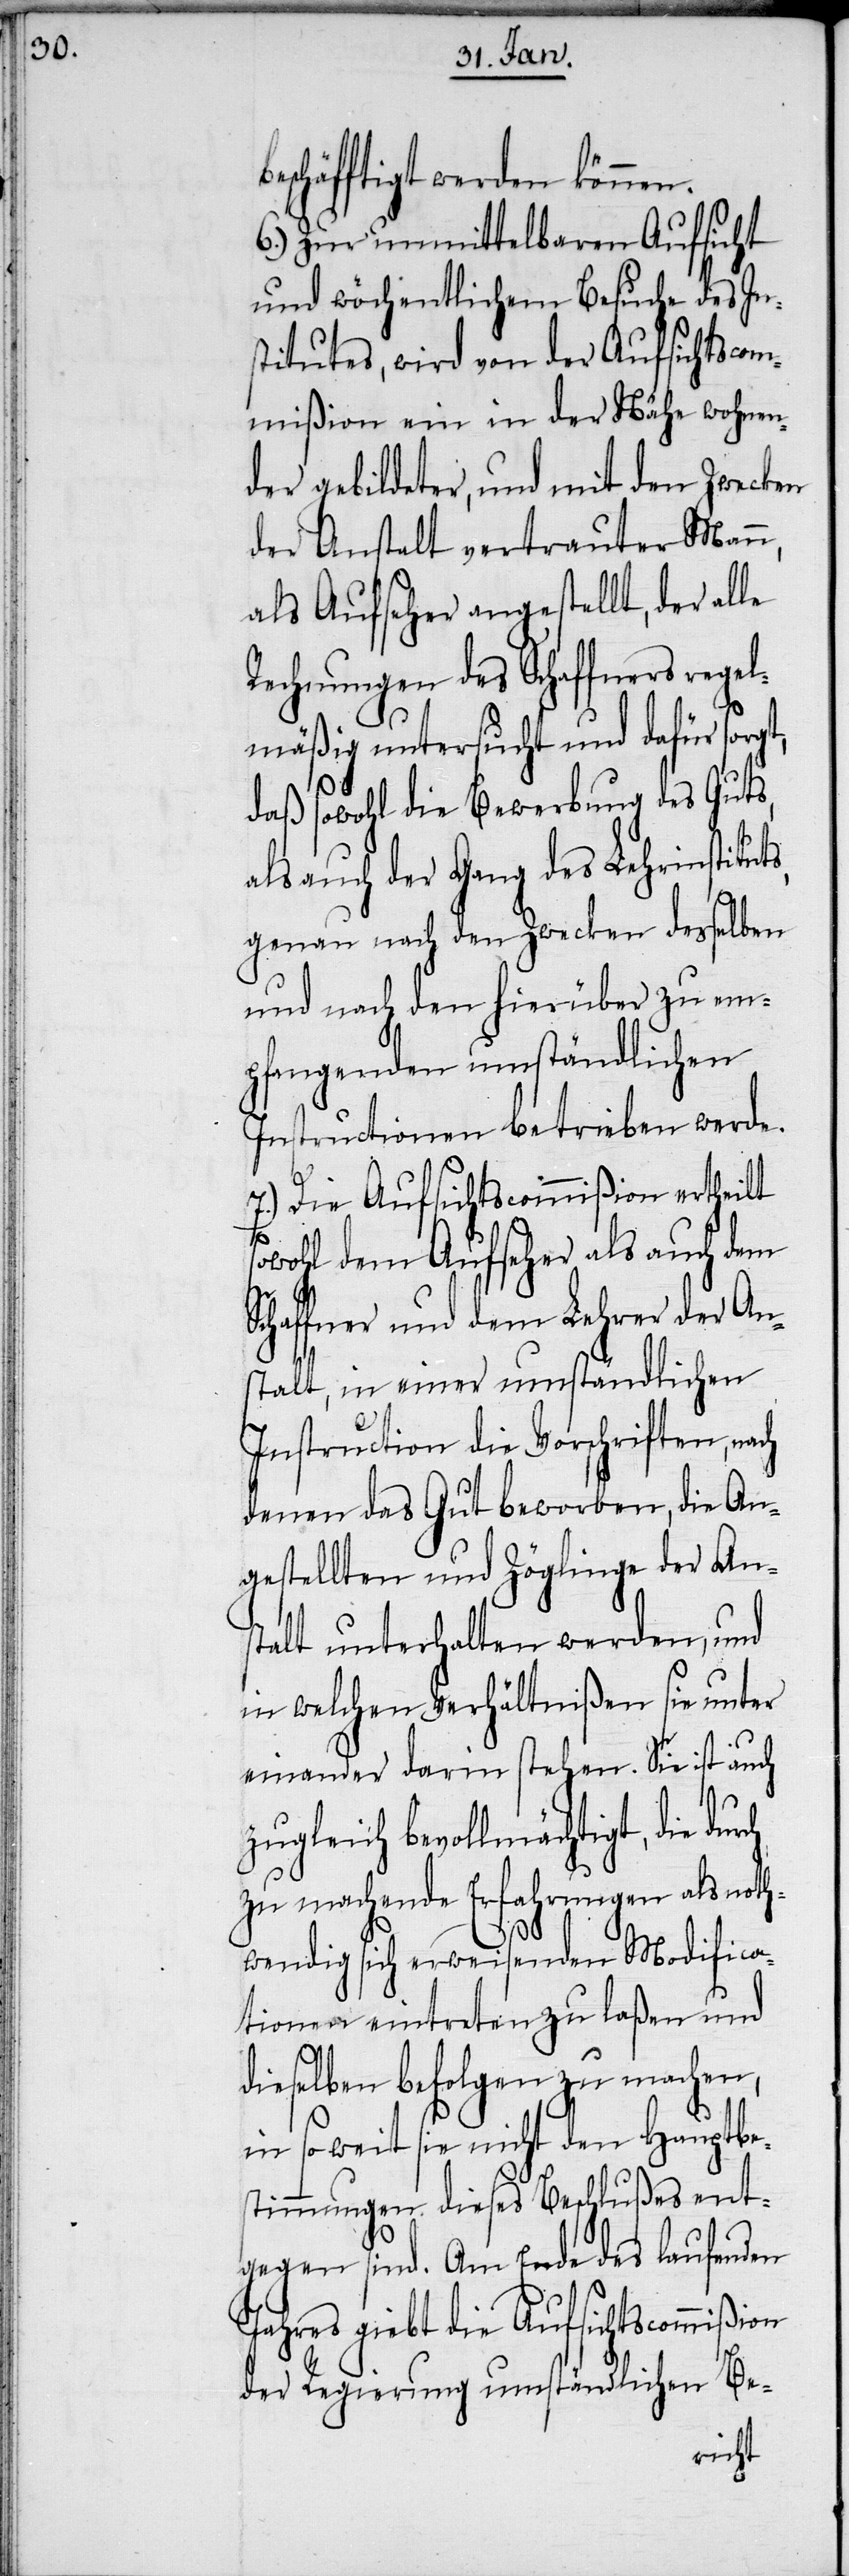
eschäftigt werden können.
6.) Zur unmittelbaren Aufsicht
und wöchentlichem Besuche des In¬
stitutes, wird von der Aufsichtscom¬
mißion ein in der Nähe wohnen¬
der gebildeter, und mit den Zwecken
der Anstalt vertrauter Mann,
als Aufseher angestellt, der alle
Rechnungen des Schaffners rege¬
lmäßig untersucht und dafür sorgt,
daß sowohl die Bewerbung des Guts,
als auch der Gang des Lehrinstituts,
genau nach den Zwecken desselben
und nach den hierüber zu em¬
pfangenden umständlichen
Instructionen betrieben werde.
7.) Die Aufsichtscommißion ertheilt
owohl dem Aufseher als auch dem
Schaffner und dem Lehrer der An¬
stalt, in einer umständlichen
Instruction die Vorschriften, nach
denen das Gut beworben, die An¬
gestellten und Zöglinge der An¬
stalt unterhalten werden, und
in welchen Verhältnißen sie unter
einander darin stehen. Sie ist auch
zugleich bevollmächtigt, die
zu machende Erfahrungen als noth¬
s¬
wendig sich erweisenden Modifica¬
tionen eintreten zu laßen und
dieselben befolgen zu machen,
in soweit sie nicht den Hauptbes¬
timmungen dieses Beschlußes ent¬
gegen sind. Am Ende des laufenden
Jahres giebt die Aufsichtscommißion
der Regierung umständlichen Be-